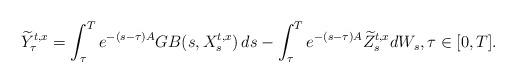
LaTeX: \begin{align*} \widetilde Y_{\tau}^{t,x}=\int_\tau^Te^{-(s-\tau){A}}G B(s,X^{t,x}_s)\,ds-\int_\tau^T e^{-(s-\tau){A}}\widetilde Z^{t,x}_{s} dW_s, \tau\in [0,T].\end{align*}